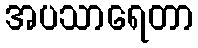
အပသာရေတာ